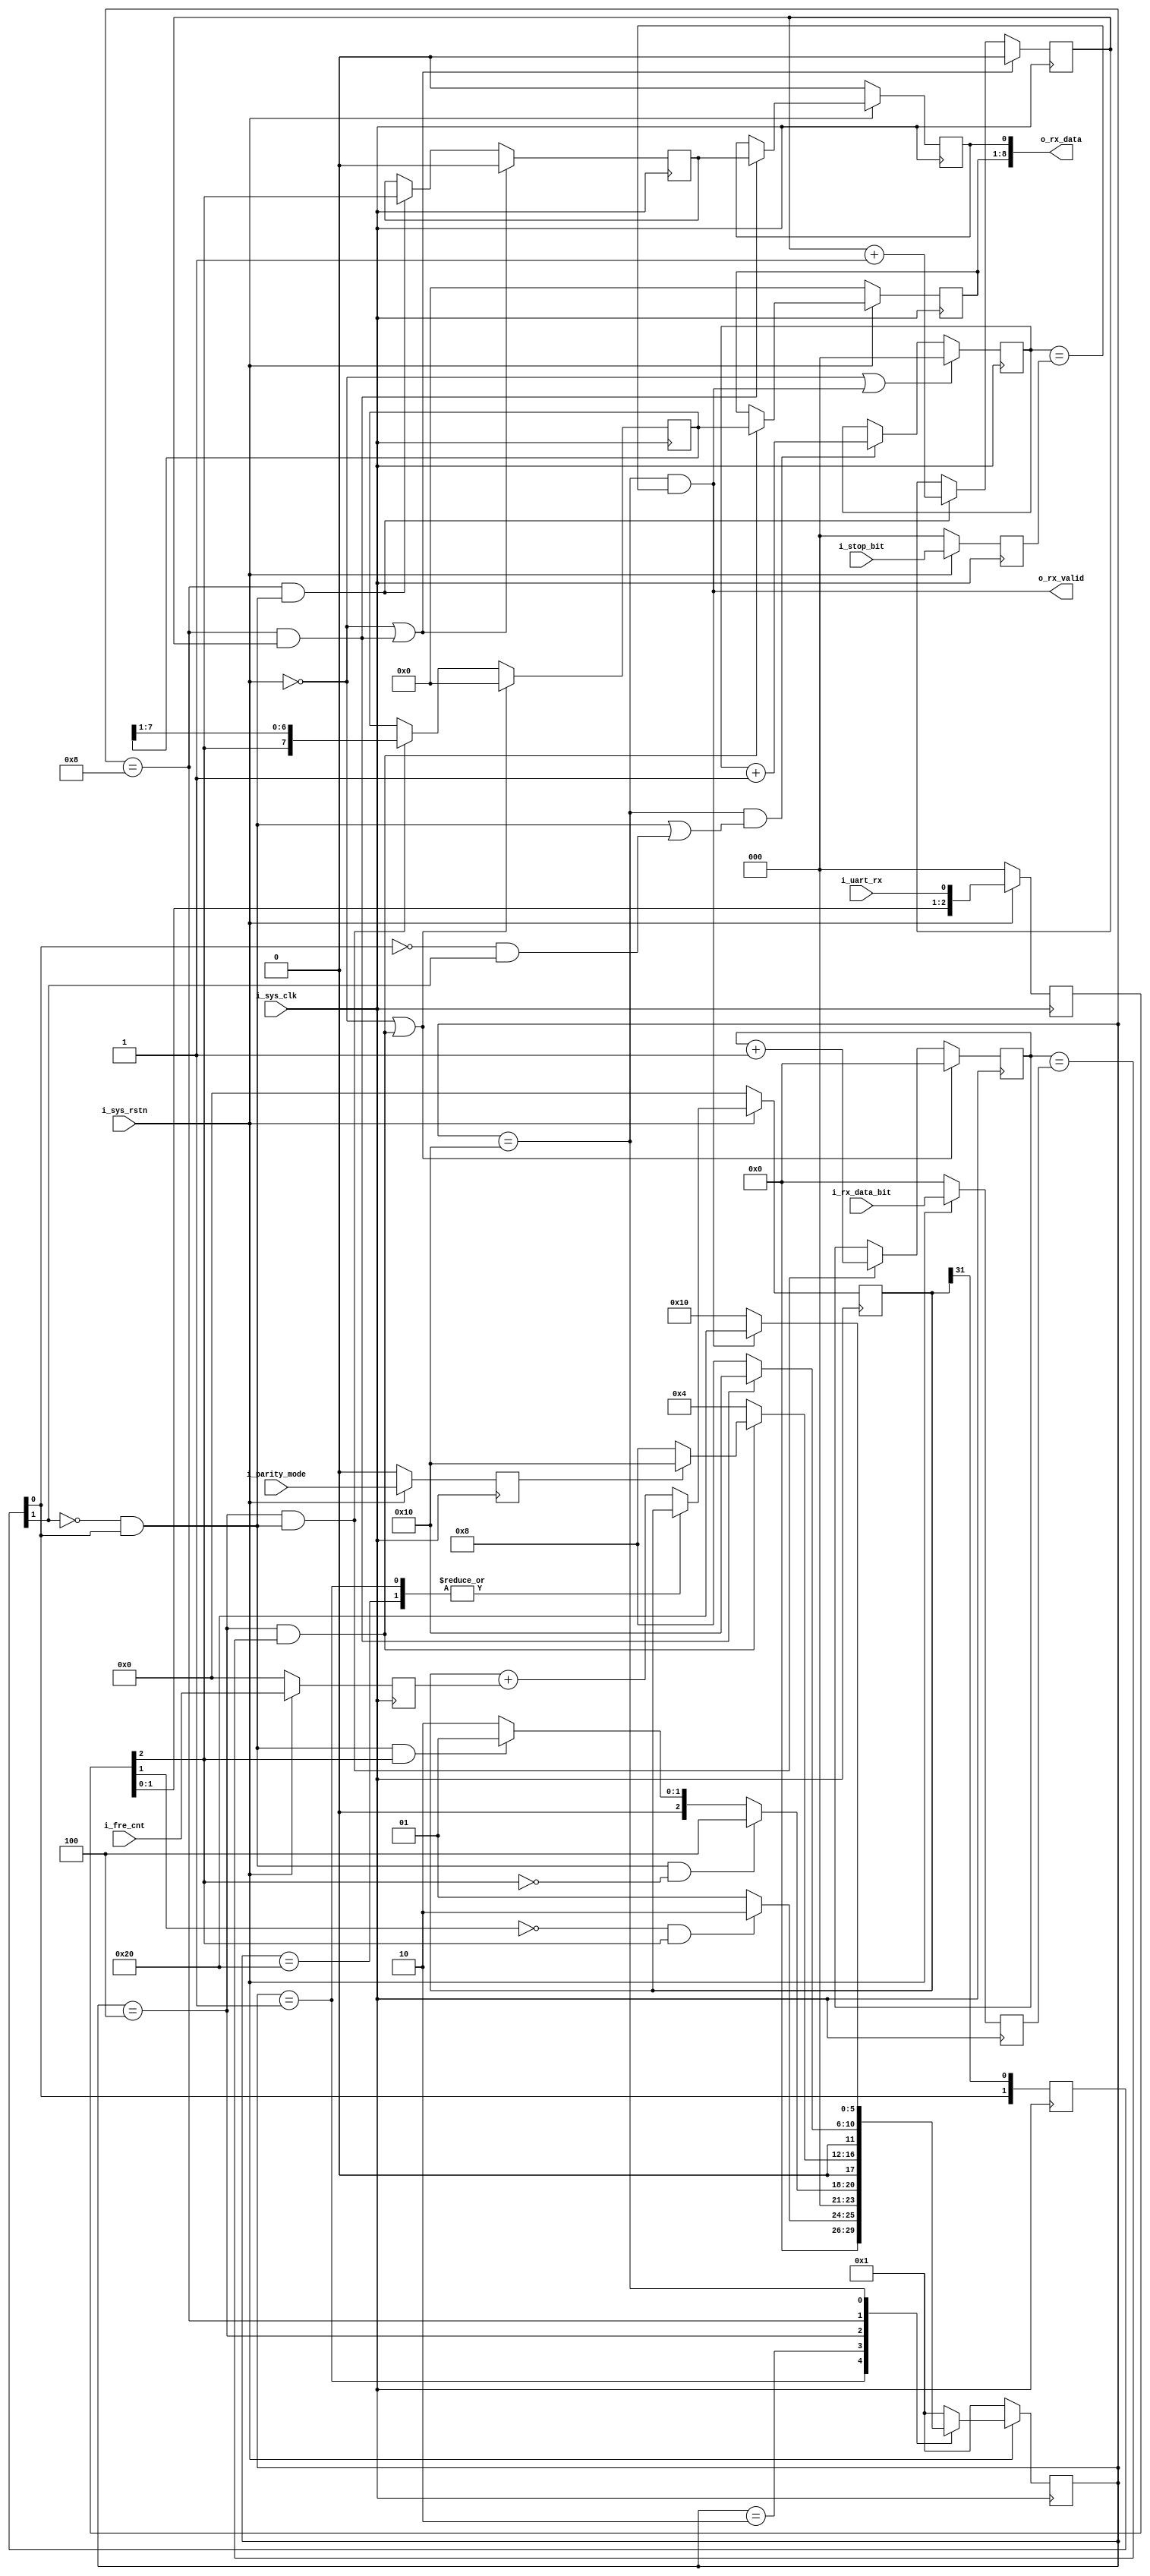
`timescale  1ns/1ps
module Uart_rx
(
    input                            i_sys_clk        ,
    input                            i_sys_rstn       ,

    input            [31:0]          i_fre_cnt        ,
    input            [3:0]           i_rx_data_bit    ,
    input                            i_parity_mode    ,
    input            [2:0]           i_stop_bit       ,
    output           [8:0]           o_rx_data        ,
    output                           o_rx_valid       ,
    input                            i_uart_rx

);
    localparam                S_IDLE         = 6'h01;
    localparam                S_START        = 6'h02;
    localparam                S_DATA         = 6'h04;
    localparam                S_PARITY       = 6'h08;
    localparam                S_STOP         = 6'h10;
    localparam                S_END          = 6'h20;

    reg                [31:0]           r_fre_cnt        ;
    reg                [3:0]            r_rx_data_bit    ;
    reg                                 r_parity_mode    ;
    reg                [2:0]            r_stop_bit       ;
    reg                [2:0]            r_uart_rx        ;
    reg                [31:0]           r_fre_sum        ;
    reg                                 r_rx_enable      ;
    reg                [1:0]            r_baud_fre       ;
    reg                [5:0]            r_current_state  ;
    reg                [5:0]            r_next_state     ;
    reg                [3:0]            r_cnt_rx_bit     ;
    reg                [7:0]            r_rx_data        ;
    reg                [7:0]            r_rx_data1       ;
    reg                                 r_cnt_parity_bit ;
    reg                                 r_parity_er      ;
    reg                                 r_parity_er1     ;
    reg                [2:0]            r_cnt_stop_bit   ;

    wire                            w_uart_rx_pos      ;
    wire                            w_uart_rx_neg      ;
    wire                            w_data_sample_en   ;
    wire                            w_data_sample_end  ;
    wire                            w_parity_sample_en ;
    wire                            w_parity_sample_end;
    wire                            w_stop_sample_en   ;
    wire                            w_stop_sample_end  ;
/******************************************************************************\
Synchronous signal
\******************************************************************************/
    always@(posedge i_sys_clk)
    begin
        if(~i_sys_rstn)
        begin
            r_fre_cnt         <= 'd0;
            r_rx_data_bit     <= 'd0;
            r_parity_mode     <= 'd0;
            r_stop_bit        <= 'd0;
        end
        else
        begin
            r_fre_cnt         <= i_fre_cnt    ;
            r_rx_data_bit     <= i_rx_data_bit;
            r_parity_mode     <= i_parity_mode;
            r_stop_bit        <= i_stop_bit    ;
        end
    end

    always@(posedge i_sys_clk)
    begin
        if(~i_sys_rstn)
        begin
            r_uart_rx <= 'd0;
        end
        else
        begin
            r_uart_rx <= {r_uart_rx[1:0],i_uart_rx};
        end
    end

    assign w_uart_rx_pos = ~r_uart_rx[2] & r_uart_rx[1];
    assign w_uart_rx_neg = ~r_uart_rx[1] & r_uart_rx[2];

/******************************************************************************\
Generate sample baud rate signal
\******************************************************************************/
    always@(posedge i_sys_clk)
    begin
        if(~i_sys_rstn)
        begin
            r_fre_sum <= 'd0;
        end
        else if(r_rx_enable)
        begin
            r_fre_sum <= r_fre_sum + r_fre_cnt;
        end
    end
    always@(posedge i_sys_clk)
    begin
        r_baud_fre <= {r_baud_fre[0],r_fre_sum[31]};
    end

    assign w_baud_pos = ~r_baud_fre[1] & r_baud_fre[0];
    assign w_baud_neg = ~r_baud_fre[0] & r_baud_fre[1];

    always@(*)
    begin
        case(r_current_state)
            S_IDLE: r_rx_enable <= 'd0;
            S_END : r_rx_enable <= 'd0;
            default:r_rx_enable <= 1'b1;
        endcase
    end

/******************************************************************************\
State machine
\******************************************************************************/
    always@(posedge i_sys_clk)
    begin
        if(~i_sys_rstn)
        begin
            r_current_state <= S_IDLE;
        end
        else
        begin
            r_current_state <= r_next_state;
        end
    end

    always@(*)
    begin
        r_next_state <= 'd1;
        case(r_current_state)
            S_IDLE:
                    begin
                        if(w_uart_rx_neg)
                        begin
                            r_next_state <= S_START;
                        end
                        else
                        begin
                            r_next_state <= S_IDLE;
                        end
                    end
            S_START:
                    begin
                        if(w_baud_pos & (r_uart_rx[2] == 1'b0))
                        begin
                            r_next_state <= S_DATA;
                        end
                        else if(w_baud_pos & (r_uart_rx[2] == 1'b1))
                        begin
                            r_next_state <= S_IDLE;
                        end
                        else
                        begin
                            r_next_state <= S_START;
                        end
                    end
            S_DATA:
                    begin
                        if(w_data_sample_end)
                        begin
                            if(r_parity_mode)
                            begin
                                r_next_state <= S_STOP;
                            end
                            else
                            begin
                                r_next_state <= S_PARITY;
                            end
                        end
                        else
                        begin
                            r_next_state <= S_DATA;
                        end
                    end
            S_PARITY:
                    begin
                        if(w_parity_sample_end)
                        begin
                            r_next_state <= S_STOP;
                        end
                        else
                        begin
                            r_next_state <= S_PARITY;
                        end
                    end
            S_STOP:
                    begin
                        if(w_stop_sample_end)
                        begin
                            r_next_state <= S_END;
                        end
                        else
                        begin
                            r_next_state <= S_STOP;
                        end
                    end
            S_END:
                    begin
                        r_next_state <= S_IDLE;
                    end
            default: r_next_state <= S_IDLE;
        endcase
    end
/******************************************************************************\
Uart rx data sample
\******************************************************************************/
    assign w_data_sample_en = (r_current_state == S_DATA) && w_baud_pos;
    assign w_data_sample_end = (r_current_state == S_DATA) && (r_cnt_rx_bit == r_rx_data_bit);

    always@(posedge i_sys_clk)
    begin
        if(~i_sys_rstn | w_data_sample_end)
        begin
            r_cnt_rx_bit <= 'd0;
        end
        else if(w_data_sample_en)
        begin
            r_cnt_rx_bit <= r_cnt_rx_bit + 1'b1;
        end
    end

    always@(posedge i_sys_clk)
    begin
        if(~i_sys_rstn | w_data_sample_end)
        begin
            r_rx_data <= 'd0;
        end
        else if(w_data_sample_en)
        begin
            r_rx_data <= {r_uart_rx[2],r_rx_data[7:1]};
        end
    end

    always@(posedge i_sys_clk)
    begin
        if(~i_sys_rstn)
        begin
            r_rx_data1 <= 'd0;
        end
        else if(w_data_sample_end)
        begin
            r_rx_data1 <= r_rx_data;
        end
    end

/******************************************************************************\
Uart rx parity sample
\******************************************************************************/
    assign w_parity_sample_en  = (r_current_state == S_PARITY) && w_baud_pos;
    assign w_parity_sample_end = (r_current_state == S_PARITY) && (r_cnt_parity_bit == 1'b1);

    always@(posedge i_sys_clk)
    begin
        if(~i_sys_rstn | w_parity_sample_end)
        begin
            r_cnt_parity_bit <= 'd0;
            r_parity_er <= 'd0;
        end
        else if(w_parity_sample_en)
        begin
            r_cnt_parity_bit <= r_cnt_parity_bit + 1'b1;
            r_parity_er <= r_uart_rx[2];
        end
    end

    always@(posedge i_sys_clk)
    begin
        if(~i_sys_rstn)
        begin
            r_parity_er1 <= 'd0;
        end
        else if(w_parity_sample_end)
        begin
            r_parity_er1 <= r_parity_er;
        end
    end
/******************************************************************************\
Uart rx stop sample
\******************************************************************************/
    assign w_stop_sample_en  = (r_current_state == S_STOP) && (w_baud_pos | w_baud_neg);
    assign w_stop_sample_end = (r_current_state == S_STOP) && (r_cnt_stop_bit == r_stop_bit);

    always@(posedge i_sys_clk)
    begin
        if(~i_sys_rstn | w_stop_sample_end)
        begin
            r_cnt_stop_bit <= 'd0;
        end
        else if(w_stop_sample_en)
        begin
            r_cnt_stop_bit <= r_cnt_stop_bit + 1'b1;
        end
    end

    assign o_rx_data  = {r_rx_data1,r_parity_er1};
    assign o_rx_valid = w_stop_sample_end;

endmodule